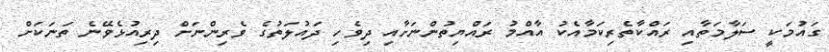
ގައުމަކީ ސަލާމަތާއި ރައްކާތެރިކަމާއެކު އާއްމު ރައްޔިތުންނަށާއި ދިވެހި ދައުލަތުގެ ވެރިންނަށް ދިރިއުޅެވޭނެ ތަނަކަށް